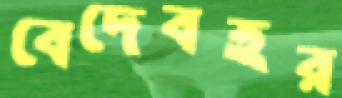
বেদেবহর